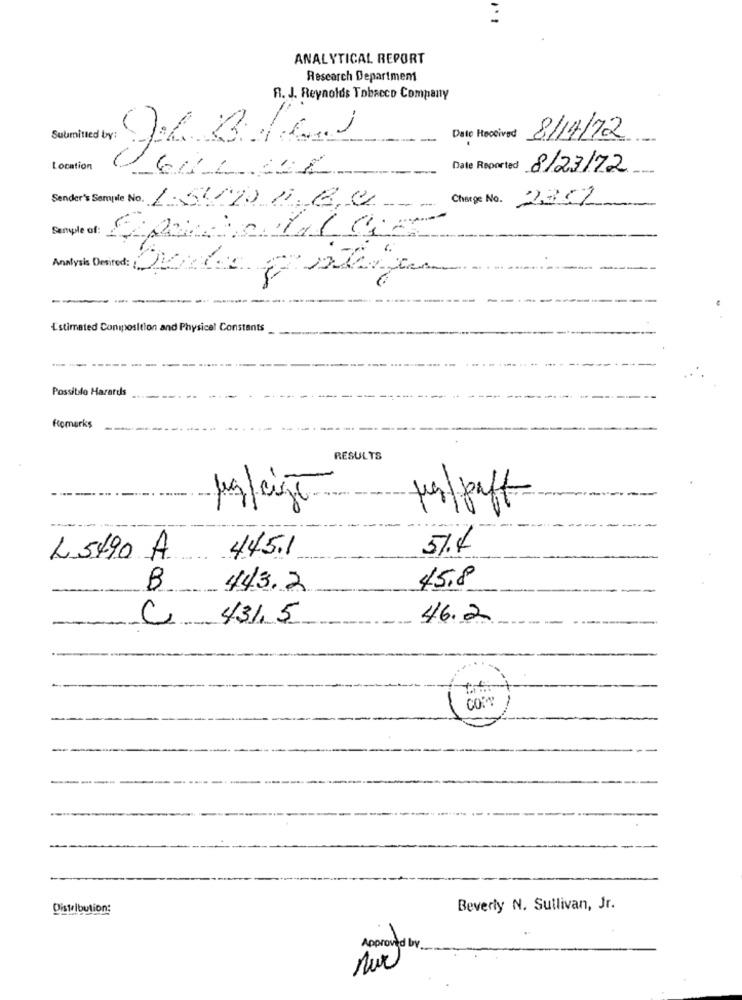
ANALYTICAL REPORT
Research Department
R. J. Reynolds Tobacco Company
Date Heocived
8/14/72
Location
Date Reported
8/23/72
--
Charge No.
Sender's Semple No. 15/20 1.18.4
235L
---
Semple of:
Analysis Desired: DUdas Energy
--
Estimated Coniposition and Physical Constants
Possibile Harards
Remarks
RESULTS
papaff
-
445.1
5%.4
L5490 A.
B 443.2
45.8
46.2
C 431,5
COMP
Distribution:
Beverly N. Sullivan, Jr.
Approved by .